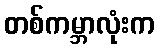
တစ်ကမ္ဘာလုံးက